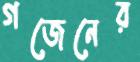
গজেনের